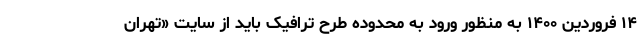
۱۴ فروردین ۱۴۰۰ به منظور ورود به محدوده طرح ترافیک باید از سایت «تهران